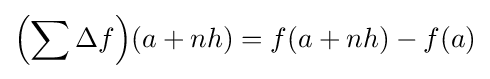
\left(\sum \Delta f\right)\!(a+nh)=f(a+nh)-f(a)